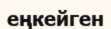
еңкейген